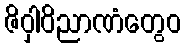
ဇိဝှါဝိညာဏံတွေဝ